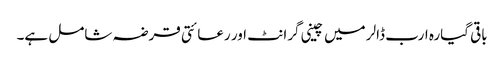
باقی گیارہ ارب ڈالر میں چینی گرانٹ اور رعائتی قرضہ شامل ہے۔